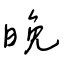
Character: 晚